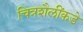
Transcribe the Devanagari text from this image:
चित्रशैलींकडे